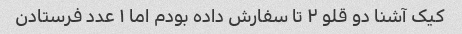
کیک آشنا دو قلو ٢ تا سفارش داده بودم اما ١ عدد فرستادن